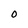
Character: 0